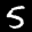
Digit: 5